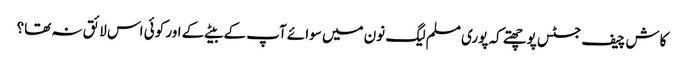
کاش چیف جسٹس پوچھتے کہ پوری مسلم لیگ نون میں سوائے آپ کے بیٹے کے اور کوئی اس لائق نہ تھا؟